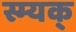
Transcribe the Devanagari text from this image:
स्म्यक्‌